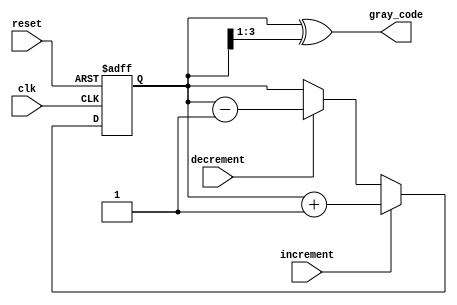
module gray_counter(
    input wire clk,
    input wire reset,
    input wire increment,
    input wire decrement,
    output reg [3:0] gray_code
);

reg [3:0] gray_code_temp;

always @(posedge clk or posedge reset)
begin
    if(reset)
        gray_code_temp <= 4'b0000;
    else if(increment)
        gray_code_temp <= gray_code_temp + 1;
    else if(decrement)
        gray_code_temp <= gray_code_temp - 1;
end

assign gray_code = gray_code_temp ^ (gray_code_temp >> 1);

endmodule